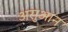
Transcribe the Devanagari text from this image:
असुआन